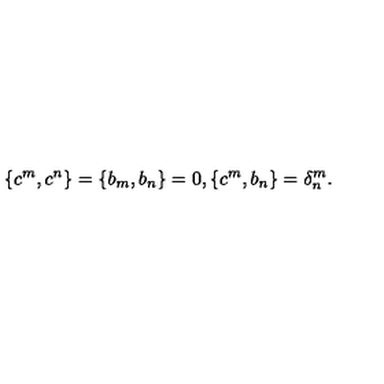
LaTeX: \{ c ^ { m } , c ^ { n } \} = \{ b _ { m } , b _ { n } \} = 0 , \{ c ^ { m } , b _ { n } \} = \delta _ { n } ^ { m } .